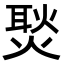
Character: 𭵢